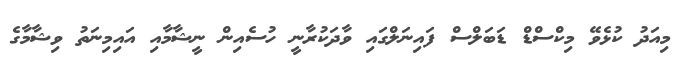
މިއަދު ކުޅެވޭ މިކްސްޑް ޑަބަލްސް ފައިނަލްގައި ވާދަކުރާނީ ހުސެއިން ނީޝާމާއި އައިމިނަތު ވިޝާމާގެ